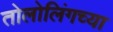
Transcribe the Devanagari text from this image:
तोलोलिंगच्या